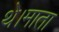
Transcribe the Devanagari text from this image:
थे।माता